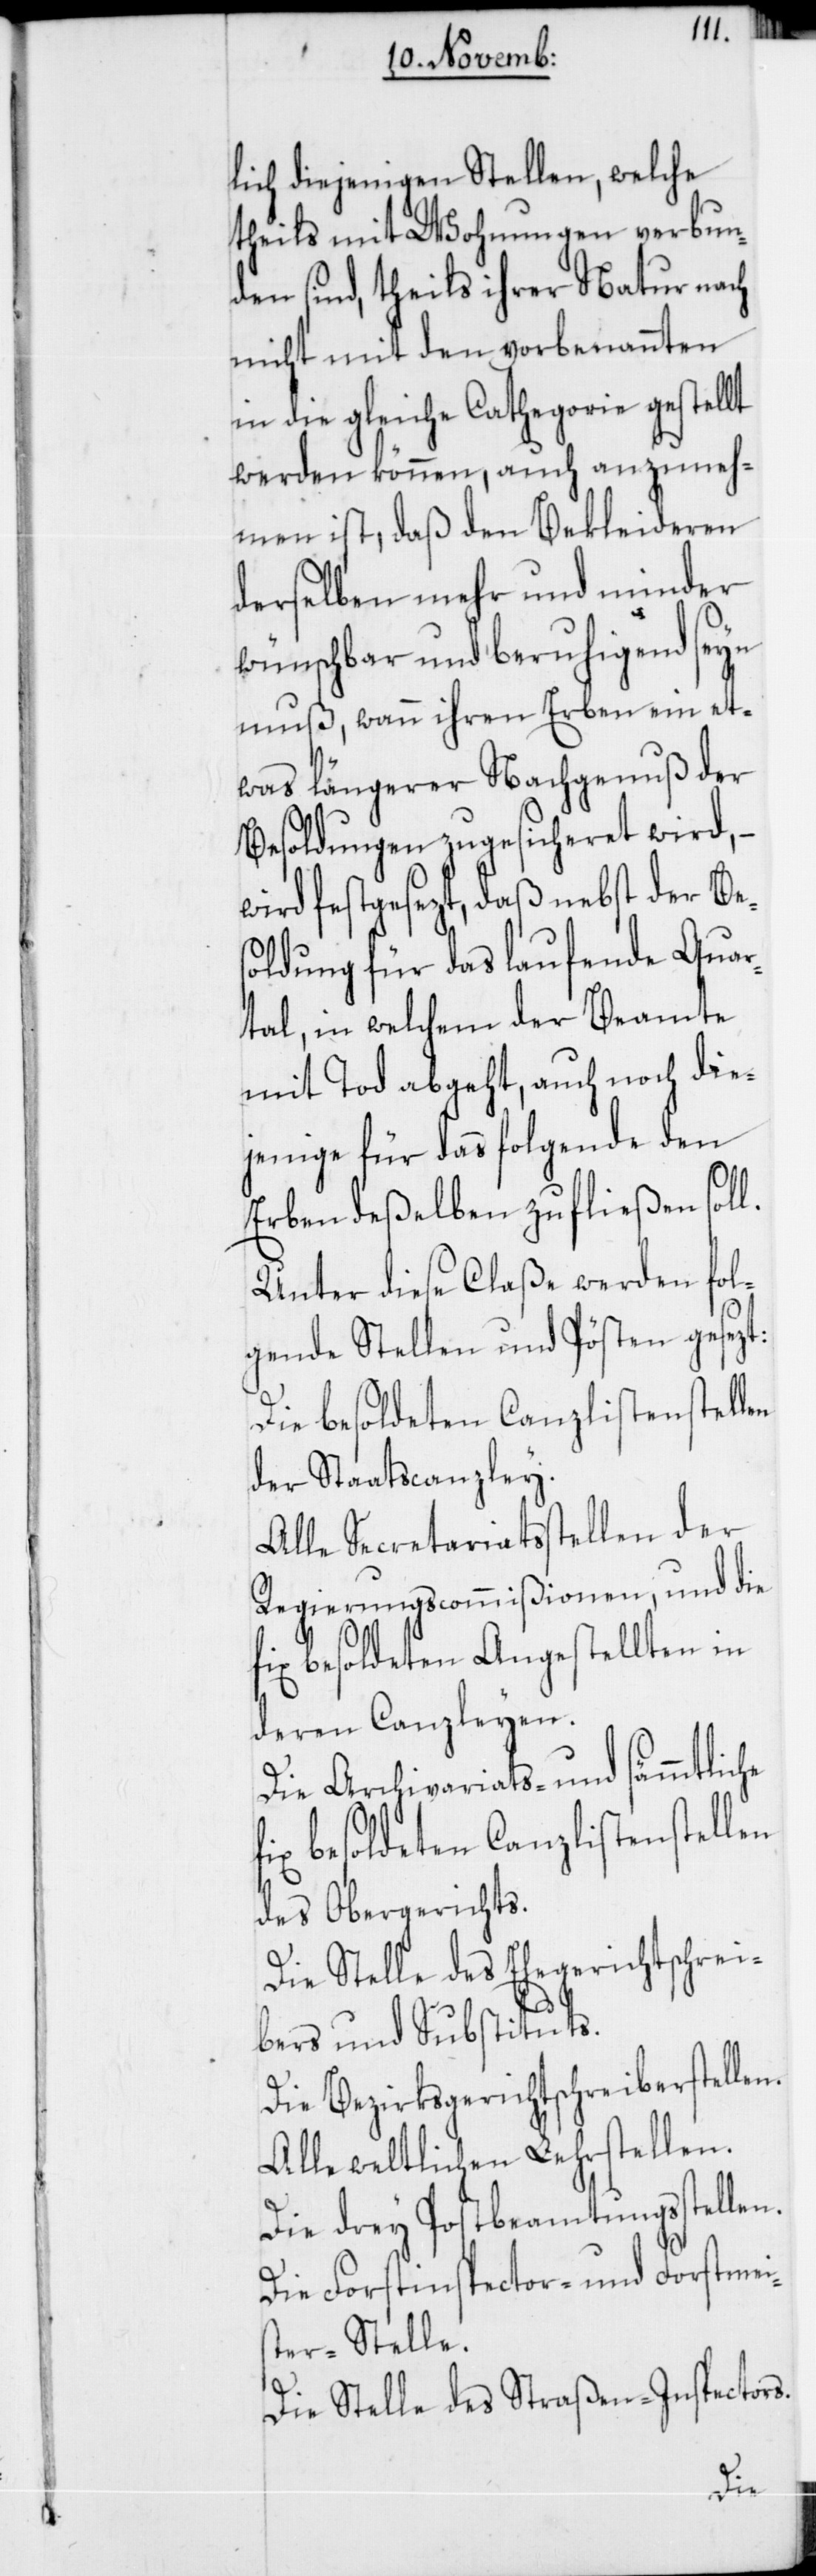
lich diejenigen Stellen, welche
theils mit Wohnungen verbun¬
den sind, theils ihrer Natur nach
nicht mit den vorbenannten
in die gleiche Cathegorie gestellt
werden können, auch anzuneh¬
men ist, daß den Bekleideren
derselben mehr und minder
wünschbar und beruhigend seyn
muß, wann ihren Erben ein et¬
was längerer Nachgenuß der
Besoldungen zugesicheret wird, –
wird festgesezt, daß nebst der Be¬
soldung für das laufende Quar¬
tal, in welchem der Beamte
mit Tod abgeht, auch noch die¬
jenige für das folgende den
is¬
Erben deßelben zufließen sol¬
Unter diese Claße werden fol¬
gende Stellen und Pösten gesezt:
Die besoldeten Canzlistenstellen
der Staatscanzley.
Alle Secretariatsstellen der
Regierungscommißionen, und die
fix besoldeten Angestellten in
deren Canzleyen.
Die Archivariats- und sämmtliche
fix besoldeten Canzlistenstellen
des Obergerichts.
Die Stelle des Ehegerichtschrei¬
bers und Substituts.
Die Bezirksgerichtschreiberstellen.
Alle weltlichen Lehrstellen.
Die drey Postbeamtungsstellen.
Die Forstinspector- und Forstme¬
ter-Stelle.
Die Stelle des Straßen-Inspectors.